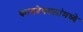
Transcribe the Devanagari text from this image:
कायदेबदलांमध्ये